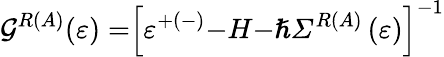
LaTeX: {\mathcal{G}}^{R\left(A\right)}{(}\varepsilon{)=}{\left[\varepsilon^{+(-)}{-}H{-}{\hslash}{\mathit{\Sigma}}^{R\left(A\right)}\left(\varepsilon\right)\right]}^{{-}{1}}